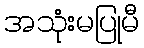
အသုံးမပြုမီ